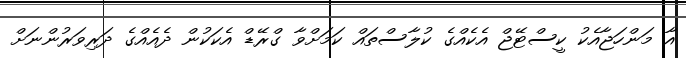
އާ މަންހަޖާއެކު ކީސްޓޭޖް އެކެއްގެ ކުލާސްތައް ކަމަށްވާ ގްރޭޑް އެކަކުން ދެއެއްގެ ދަރިވަރުންނަށް